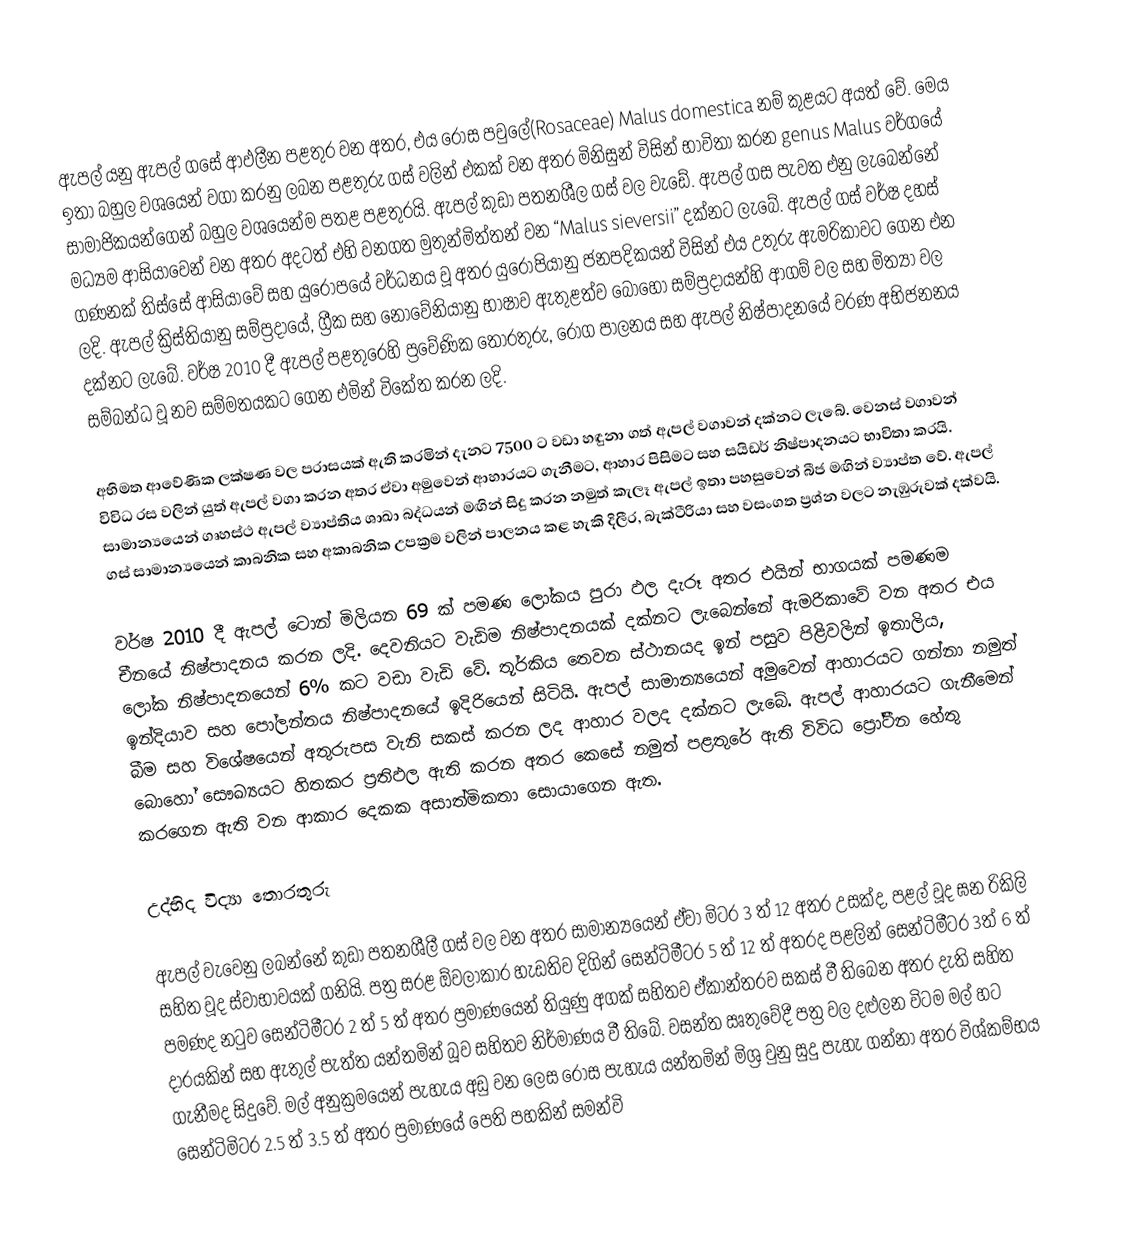
ඇපල් යනු ඇපල් ගසේ ආඵලීන පළතුර වන අතර, එය රෝස පවුලේ(Rosaceae) Malus domestica නම් කුළයට අයත් වේ. මෙය ඉතා බහුල වශයෙන් වගා කරනු ලබන පළතුරු ගස් වලින් එකක් වන අතර මිනිසුන් විසින් භාවිතා කරන genus Malus වර්ගයේ සාමාජිකයන්ගෙන් බහුල වශයෙන්ම පතළ පළතුරයි. ඇපල් කුඩා පතනශීල ගස් වල වැඩේ. ඇපල් ගස පැවත එනු ලැබෙන්නේ මධ්‍යම ආසියාවෙන් වන අතර අදටත් එහි වනගත මුතුන්මිත්තන් වන “Malus sieversii”  දක්නට ලැබේ. ඇපල් ගස් වර්ෂ දහස් ගණනක් තිස්සේ ආසියාවේ සහ යුරෝපයේ වර්ධනය වූ අතර යුරෝපියානු ජනපදිකයන් විසින් එය උතුරු ඇමරිකාවට ගෙන එන ලදි. ඇපල් ක්‍රිස්තියානු සම්ප්‍රදායේ, ග්‍රීක සහ නෝවේනියානු භාෂාව ඇතුළත්ව බොහෝ සම්ප්‍රදායන්හි ආගම් වල සහ මිත්‍යා වල දක්නට ලැබේ. වර්ෂ 2010 දී ඇපල් පළතුරෙහි ප්‍රවේණික තොරතුරු, රෝග පාලනය සහ ඇපල් නිෂ්පාදනයේ වරණ අභිජනනය සම්බන්ධ වූ නව සම්මතයකට ගෙන එමින් විකේත කරන ලදි.

අභිමත ආවේණික ලක්ෂණ වල පරාසයක් ඇති කරමින් දැනට 7500 ට වඩා හඳුනා ගත් ඇපල් වගාවන් දක්නට ලැබේ. වෙනස් වගාවන් විවිධ රස වලින් යුත් ඇපල් වගා කරන අතර ඒවා අමුවෙන් ආහාරයට ගැනීමට, ආහාර පිසිමට සහ සයිඩර් නිෂ්පාදනයට භාවිතා කරයි. සාමාන්‍යයෙන් ගෘහස්ථ ඇපල් ව්‍යාප්තිය ශාඛා බද්ධයන් මඟින් සිදු කරන නමුත් කැලෑ ඇපල් ඉතා පහසුවෙන් බීජ මඟින් ව්‍යාප්ත වේ. ඇපල් ගස් සාමාන්‍යයෙන් කාබනික සහ අකාබනික උපක්‍රම වලින් පාලනය කළ හැකි දිලීර, බැක්ටීරියා සහ වසංගත ප්‍ර‍ශ්න වලට නැඹුරුවක් දක්වයි.

වර්ෂ 2010 දී ඇපල් ටොන් මිලියන 69 ක් පමණ ලෝකය පුරා ඵල දැරූ අතර එයින් භාගයක් පමණම චීනයේ නිෂ්පාදනය කරන ලදි. දෙවනියට වැඩිම නිෂ්පාදනයක් දක්නට ලැබෙන්නේ ඇමරිකාවේ වන අතර එය ලෝක නිෂ්පාදනයෙන් 6% කට වඩා වැඩි වේ. තූර්කිය තෙවන ස්ථානයද ඉන් පසුව පිළිවලින් ඉතාලිය, ඉන්දියාව සහ පෝලන්තය නිෂ්පාදනයේ ඉදිරියෙන් සිටියි. ඇපල් සාමාන්‍යයෙන් අමුවෙන් ආහාරයට ගන්නා නමුත් බීම සහ විශේෂයෙන් අතුරුපස වැනි සකස් කරන ලද ආහාර වලද දක්නට ලැබේ. ඇපල් ආහාරයට ගැනීමෙන් බොහෝ සෞඛ්‍යයට හිතකර ප්‍රතිඵල ඇති කරන අතර කෙසේ නමුත් පළතුරේ ඇති විවිධ ප්‍රෝටීන හේතු කරගෙන ඇති වන ආකාර දෙකක අසාත්මිකතා සොයාගෙන ඇත.

උද්භිද විද්‍යා තොරතුරු

ඇපල් වැවෙනු ලබන්නේ කුඩා පතනශීලී ගස් වල වන අතර සාමාන්‍යයෙන් ඒවා මිටර 3 ත් 12 අතර උසක්ද, පළල් වූද ඝන රිකිලි සහිත වූද ස්වාභාවයක් ගනියි. පත්‍ර සරළ ඕවලාකාර හැඩතිව දිගින් සෙන්ටිමීටර 5 ත් 12 ත් අතරද පළලින් සෙන්ටිමීටර 3ත් 6 ත් පමණද නටුව සෙන්ටිමීටර 2 ත් 5 ත් අතර ප්‍රමාණයෙන් තියුණු අගක් සහිතව ඒකාන්තරව සකස් වී තිබෙන අතර දැති සහිත දාරයකින් සහ ඇතුල් පැත්ත යන්තමින් බූව සහිතව නිර්මාණය වී තිබේ. වසන්ත ඍතුවේදී පත්‍ර‍ වල දළුලන විටම මල් හට ගැනීමද සිදුවේ. මල් අනුක්‍ර‍මයෙන් පැහැය අඩු වන ලෙස රෝස පැහැය යන්තමින් මිශ්‍ර වුනු සුදු පැහැ ගන්නා අතර විශ්කම්භය සෙන්ටිමිටර 2.5 ත් 3.5 ත් අතර ප්‍රමාණයේ පෙති පහකින් සමන්වි